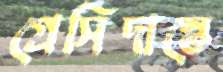
প্রেসিদান্তে